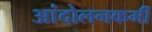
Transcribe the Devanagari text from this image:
आंदोलनकर्मी